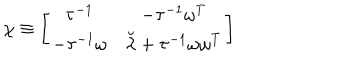
\chi \equiv \left[ \begin{matrix} { { \tau ^ { - 1 } } } & { { - \tau ^ { - 1 } \omega ^ { T } } } \\ { { - \tau ^ { - 1 } \omega } } & { { \breve { \lambda } + \tau ^ { - 1 } \omega \omega ^ { T } } } \\ \end{matrix} \right]